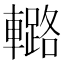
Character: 𨎲